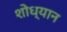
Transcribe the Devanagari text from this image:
शोध्यान